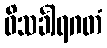
ဝိသင်္ခါရဂတံ